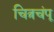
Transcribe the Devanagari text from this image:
चित्रचंपू